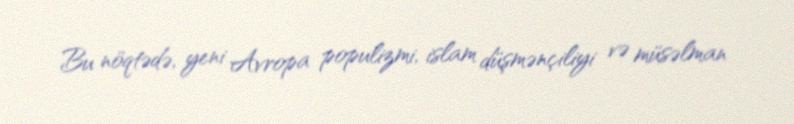
Bu nöqtədə, yeni Avropa populizmi, islam düşmənçiliyi və müsəlman